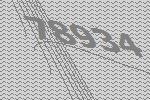
78934